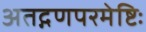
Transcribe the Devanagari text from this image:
अतद्गणपरमेष्टिः